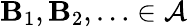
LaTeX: \mathbf{B}_{1},\mathbf{B}_{2},\ldots\in{\mathcal{{A}}}